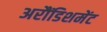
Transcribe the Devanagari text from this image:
अरौंडिशमेंट